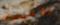
الاخيره